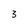
Character: 3